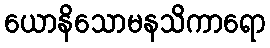
ယောနိသောမနသိကာရော